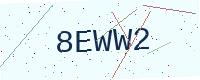
Text: 8EWW2